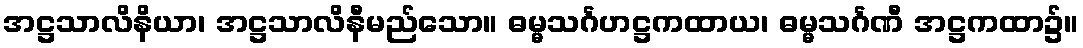
အဋ္ဌသာလိနိယာ၊ အဋ္ဌသာလိနီမည်သော။ ဓမ္မသင်္ဂဟဋ္ဌကထာယ၊ ဓမ္မသင်္ဂဏီ အဋ္ဌကထာ၌။